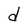
Character: d